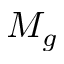
M _ { g }